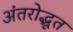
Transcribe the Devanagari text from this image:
अंतरोद्भूत